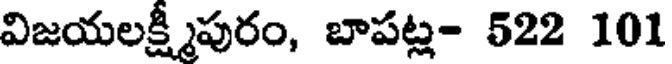
విజయలక్ష్మీపురం, బాపట్ల- 522 101